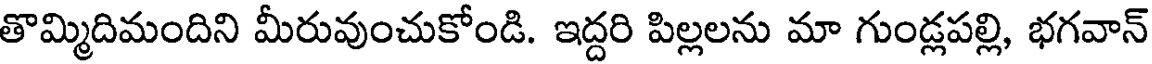
తొమ్మిదిమందిని మీరువుంచుకోండి. ఇద్దరి పిల్లలను మా గుండ్లపల్లి, భగవాన్